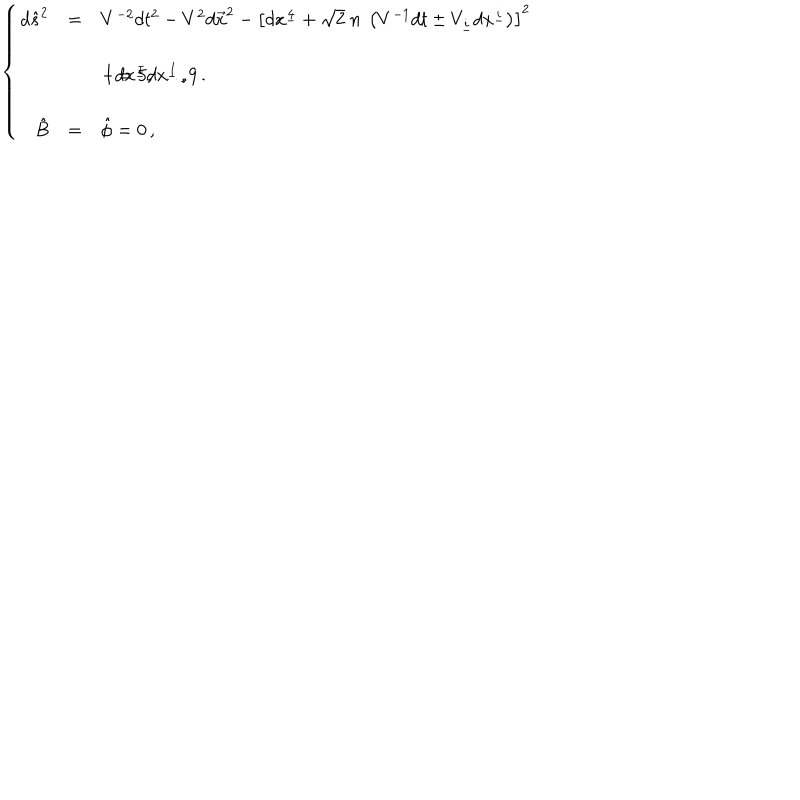
\left\{ \begin{array} { r c l } { { d \hat { s } ^ { 2 } } } & { { = } } & { { V ^ { - 2 } d t ^ { 2 } - V ^ { 2 } d \vec { x } ^ { 2 } - \left[ d x ^ { \underline { { { 4 } } } } + \sqrt { 2 } \ n \ \left( V ^ { - 1 } d t \pm V _ { \underline { { { i } } } } d x ^ { \underline { { { i } } } } \right) \right] ^ { 2 } } } \\ { { } } & { { } } & { { } } \\ { { } } & { { } } & { { - d x ^ { \underline { { { I } } } } d x ^ { \underline { { { I } } } } \, , \hspace { 1 c m } I = 5 , \ldots , 9 \, . } } \\ { { } } & { { } } & { { } } \\ { { \hat { B } } } & { { = } } & { { \hat { \phi } = 0 \, , } } \\ \end{array} \right.